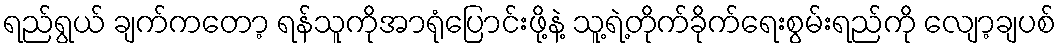
ရည်ရွယ် ချက်ကတော့ ရန်သူကိုအာရုံပြောင်းဖို့နဲ့ သူ့ရဲ့တိုက်ခိုက်ရေးစွမ်းရည်ကို လျော့ချပစ်